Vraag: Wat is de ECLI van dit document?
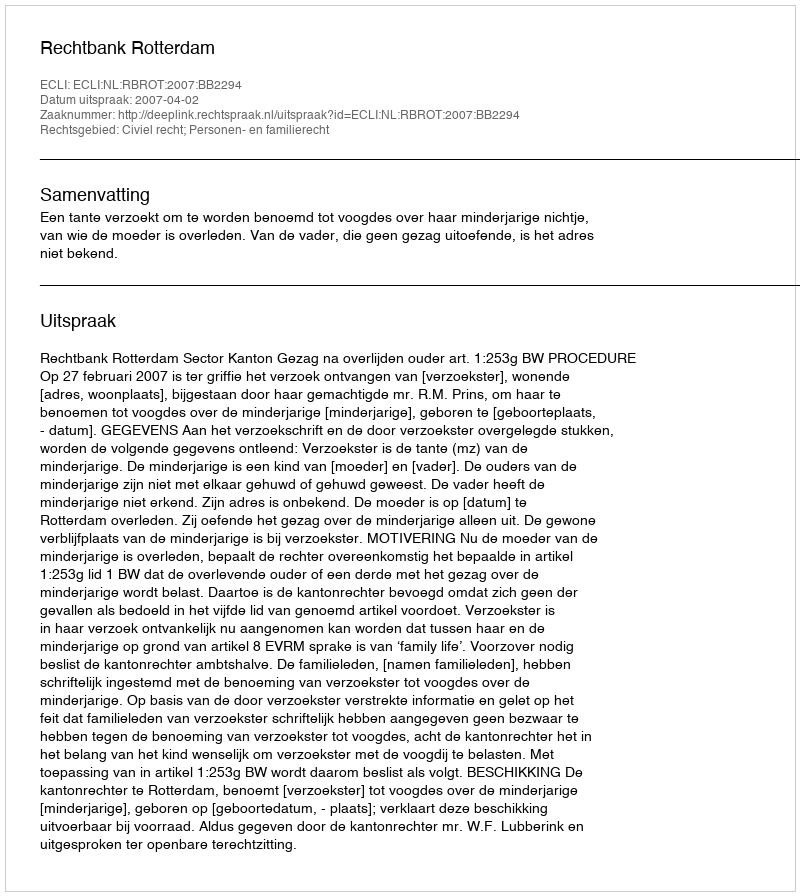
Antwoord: ECLI:NL:RBROT:2007:BB2294